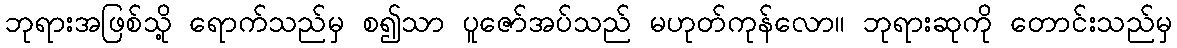
ဘုရားအဖြစ်သို့ ရောက်သည်မှ စ၍သာ ပူဇော်အပ်သည် မဟုတ်ကုန်လော။ ဘုရားဆုကို တောင်းသည်မှ